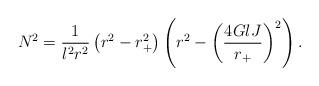
LaTeX: \begin{align*}N^{2}=\frac{1}{l^{2}r^{2}} \left(r^{2}-r_{+}^{2} \right)\left(r^{2}-\left(\frac{4 G l J}{r_{+}} \right)^{2}\right).\end{align*}